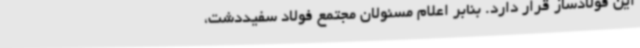
این فولادساز قرار دارد. بنابر اعلام مسئولان مجتمع فولاد سفیددشت،